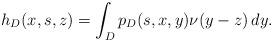
LaTeX: \begin{align*}h_D(x,s,z) = \int_D p_D(s,x,y) \nu(y-z) \, dy.\end{align*}